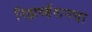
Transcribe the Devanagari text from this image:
रिझर्व्हेशनचा